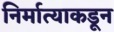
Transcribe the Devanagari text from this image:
निर्मात्याकडून